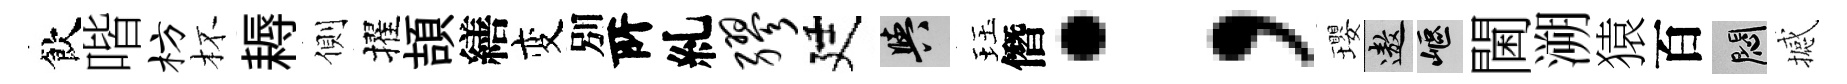
飲喈枋杯耨側擢頡繕变別𠩄糺缪廷阳珏僭；瓔遨嶇閫溯猿百悶撼